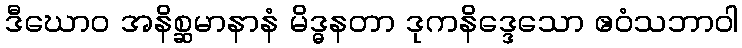
ဒီဃောဝ အနိစ္ဆမာနာနံ မိဒ္ဓနတာ ဒုကနိဒ္ဒေသော ဧဝံသဘာဝါ